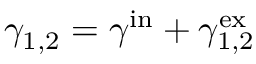
\gamma _ { 1 , 2 } = \gamma ^ { \mathrm { i n } } + \gamma _ { 1 , 2 } ^ { \mathrm { e x } }